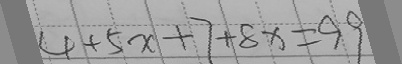
4 + 5 x + 7 + 8 x = 9 9